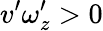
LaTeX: v^{\prime}\omega_{z}^{\prime}>0